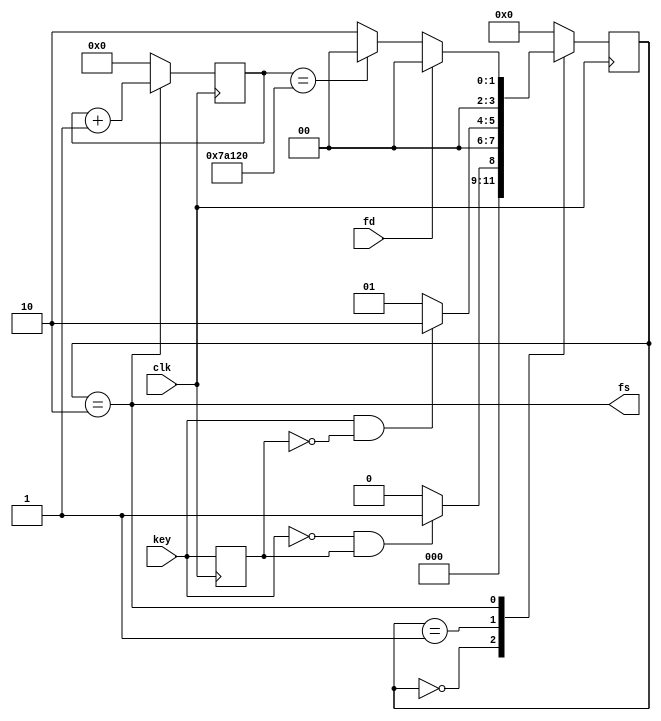
module key(
    input clk,
    input key,
    
    output fs,
    input fd
);

    localparam TIME_CNT = 32'd500_000, TIME = 32'd500_000;

    localparam IDLE = 4'h0, PREP = 4'h1, WORK = 4'h2;
    reg [31:0] cnt;
    reg [3:0] state;

    reg last_key;
    assign fs = (state == WORK);

    always @(posedge clk) last_key <= key;

    always @(posedge clk) begin
        case(state)
            IDLE: begin
                if(key == 1'b0 && last_key == 1'b1) state <= PREP;
                else state <= IDLE;
            end
            PREP: begin
                if(key == 1'b1 && last_key == 1'b0) state <= WORK;
                else state <= PREP;
            end
            WORK: begin
                if(fd) state <= IDLE;
                else if(cnt == TIME) state <= IDLE;
                else state <= WORK;
            end
            default: state <= IDLE;
        endcase
    end

    always @(posedge clk) begin
        if(state == WORK) cnt <= cnt + 1'b1;
        else cnt <= 32'h0;
    end


endmodule